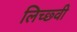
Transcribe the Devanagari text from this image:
लिच्छ्वी